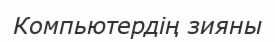
Компьютердің зияны